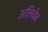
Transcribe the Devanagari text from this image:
अलिवेब